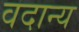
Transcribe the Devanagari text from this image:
वदान्य